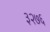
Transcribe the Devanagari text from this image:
३२७६